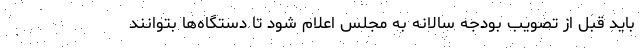
باید قبل از تصویب بودجه سالانه به مجلس اعلام شود تا دستگاه‌ها بتوانند